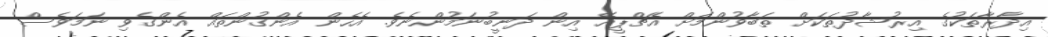
އިދާރާތަކުގެ އިރުޝާދުތަކަށް ތަބާވުންމަށް އެޗްޕީއޭ އިން ދަނީބުނަމުންނެވެ. އެހެން އެންގުންތައް އެންގެވި ނަމަވެސް